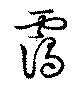
靄